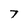
Character: T